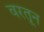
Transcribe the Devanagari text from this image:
वरतून